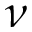
\nu